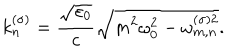
k _ { n } ^ { ( \sigma ) } = \frac { \sqrt { \varepsilon _ { 0 } } } { c } \sqrt { m ^ { 2 } \omega _ { 0 } ^ { 2 } - \omega _ { m , n } ^ { ( \sigma ) 2 } } .